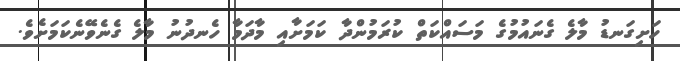
ހަށިގަނޑު މާލެ ގެނައުމުގެ މަސައްކަތް ކުރަމުންދާ ކަމަށާއި މާދަމާ ހެނދުނު މާލެ ގެނެވޭނެކަމަށެވެ.